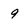
Character: 9